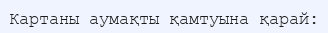
Картаны аумақты қамтуына қарай: